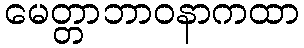
မေတ္တာဘာဝနာကထာ